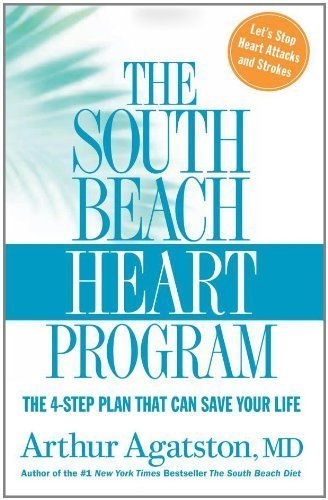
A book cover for The South Beach Heart Program: The 4-Step Plan that Can Save Your Life (The South Beach Diet) By Arthur Agatston MD; -Rodale Books-; Health, Fitness & Dieting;